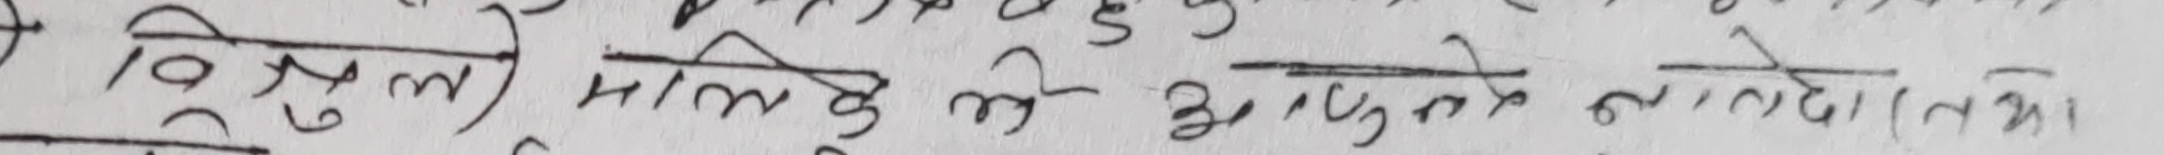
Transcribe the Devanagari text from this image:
विश्रम् मालिक को मृत्यु हुन्थे नातेदार (तथा)